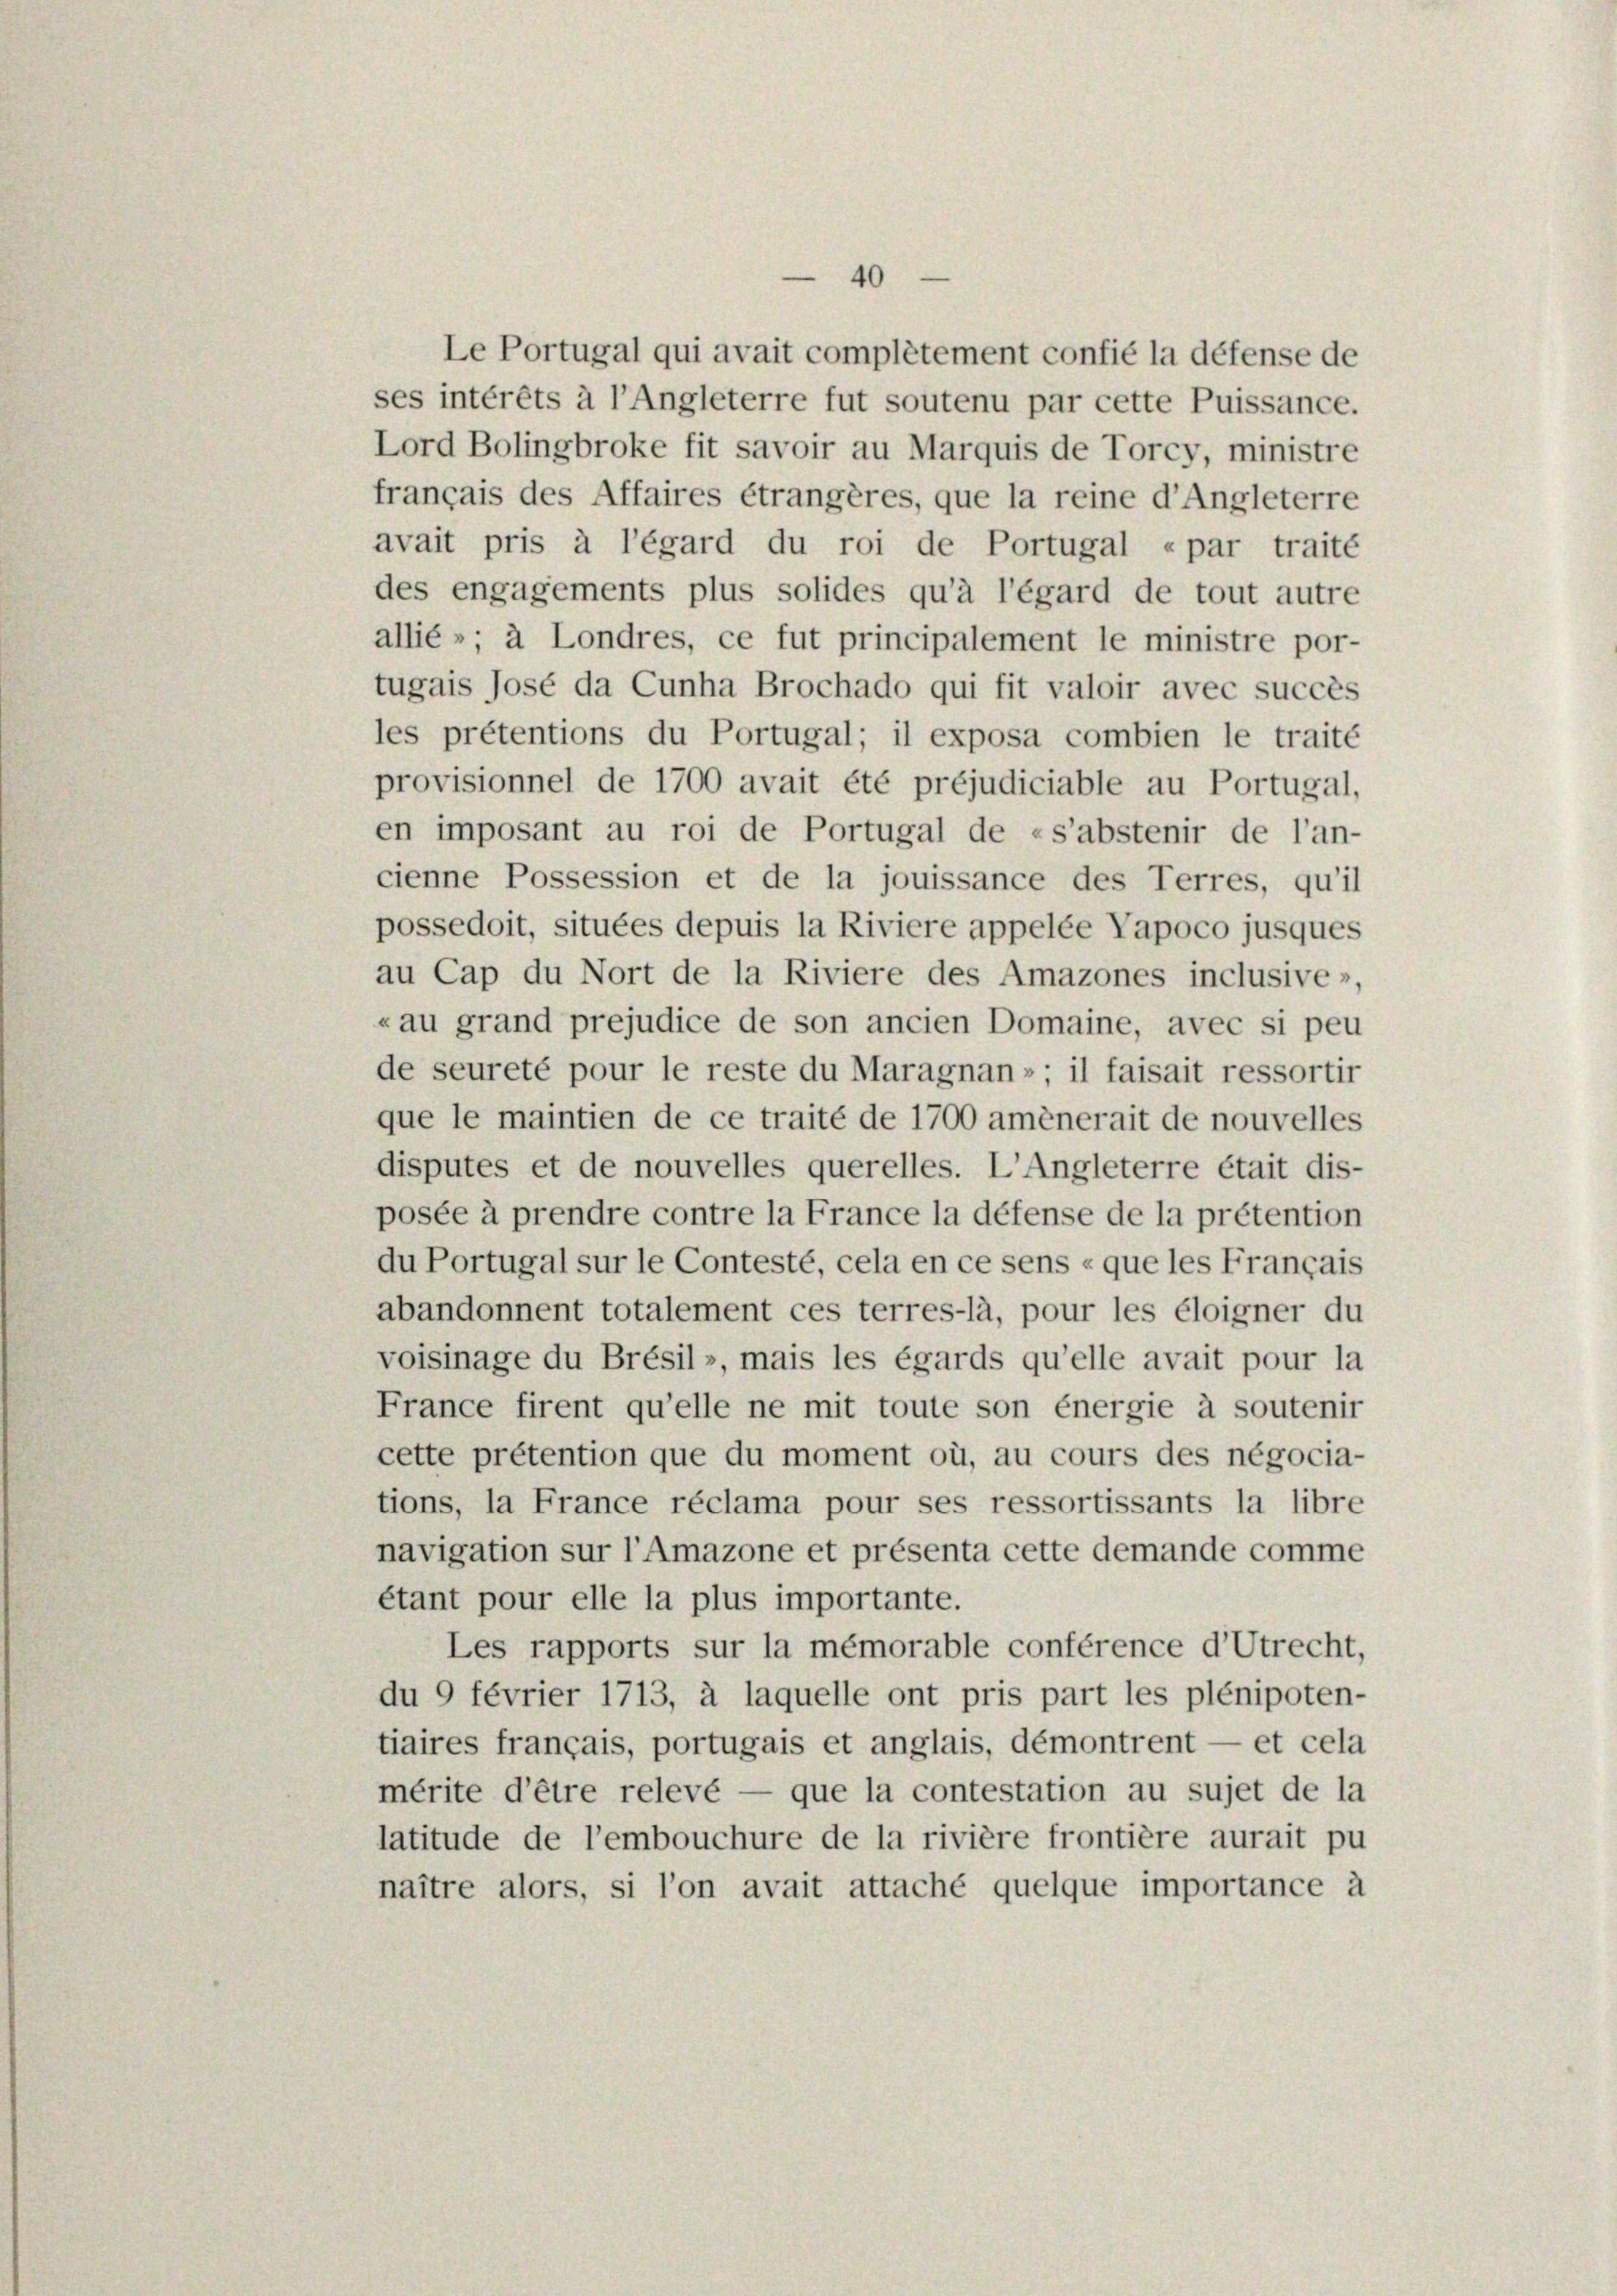
Le Portugal qui avait complétement confié la défense de
ses intérêts à l’Angleterre fut soutenu par cette Puissance.
Lord Bolingbroke fit savoir au Marquis de Torcy, ministre
français des Affaires étrangères, que la reine d’Angleterre
avait pris à l’égard du roi de Portugal «par traité
des engagements plus solides qu’à l’égard de tout autre
allié »; à Londres, ce fut principalement le ministre por-
tugais José da Cunha Brochado qui fit valoir avec succès
les prétentions du Portugal; il exposa combien le traité
provisionnel de 1700 avait été préjudiciable au Portugal,
en imposant au roi de Portugal de «s’abstenir de l’an-
cienne Possession et de la jouissance des Terres, qu’il
possedoit, situées depuis la Riviere appelée Vapoco jusques
au Cap du Nort de la Riviere des Amazones inclusive»
«au grand prejudice de son ancien Domaine, avec si peu
de seureté pour le reste du Maragnan»; il faisait ressortir
que le maintien de ce traité de 1700 amènerait de nouvelles
disputes et de nouvelles querelles. L’Angleterre était dis-
posée à prendre contre la France la défense de la prétention
du Portugal sur le Contesté, cela en ce sens « que les Français
abandonnent totalement ces terres-là, pour les éloigner du
voisinage du Brésil», mais les égards qu’elle avait pour la
France firent qu’elle ne mit toute son énergie à soutenir
cette prétention que du moment où, au cours des négocia-
tions, la France réclama pour ses ressortissants la libre
navigation sur l’Amazone et présenta cette demande comme
étant pour elle la plus importante.
Les rapports sur la mémorable conférence d’Utrecht,
du 9 février 1713, à laquelle ont pris part les plénipoten-
tiaires français, portugais et anglais, démontrent — et cela
mérite d’être relevé — que la contestation au sujet de la
latitude de l’embouchure de la rivière frontière aurait pu
naître alors, si l’on avait attaché quelque importance à

40